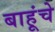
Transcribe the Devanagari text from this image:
बाहूंचे